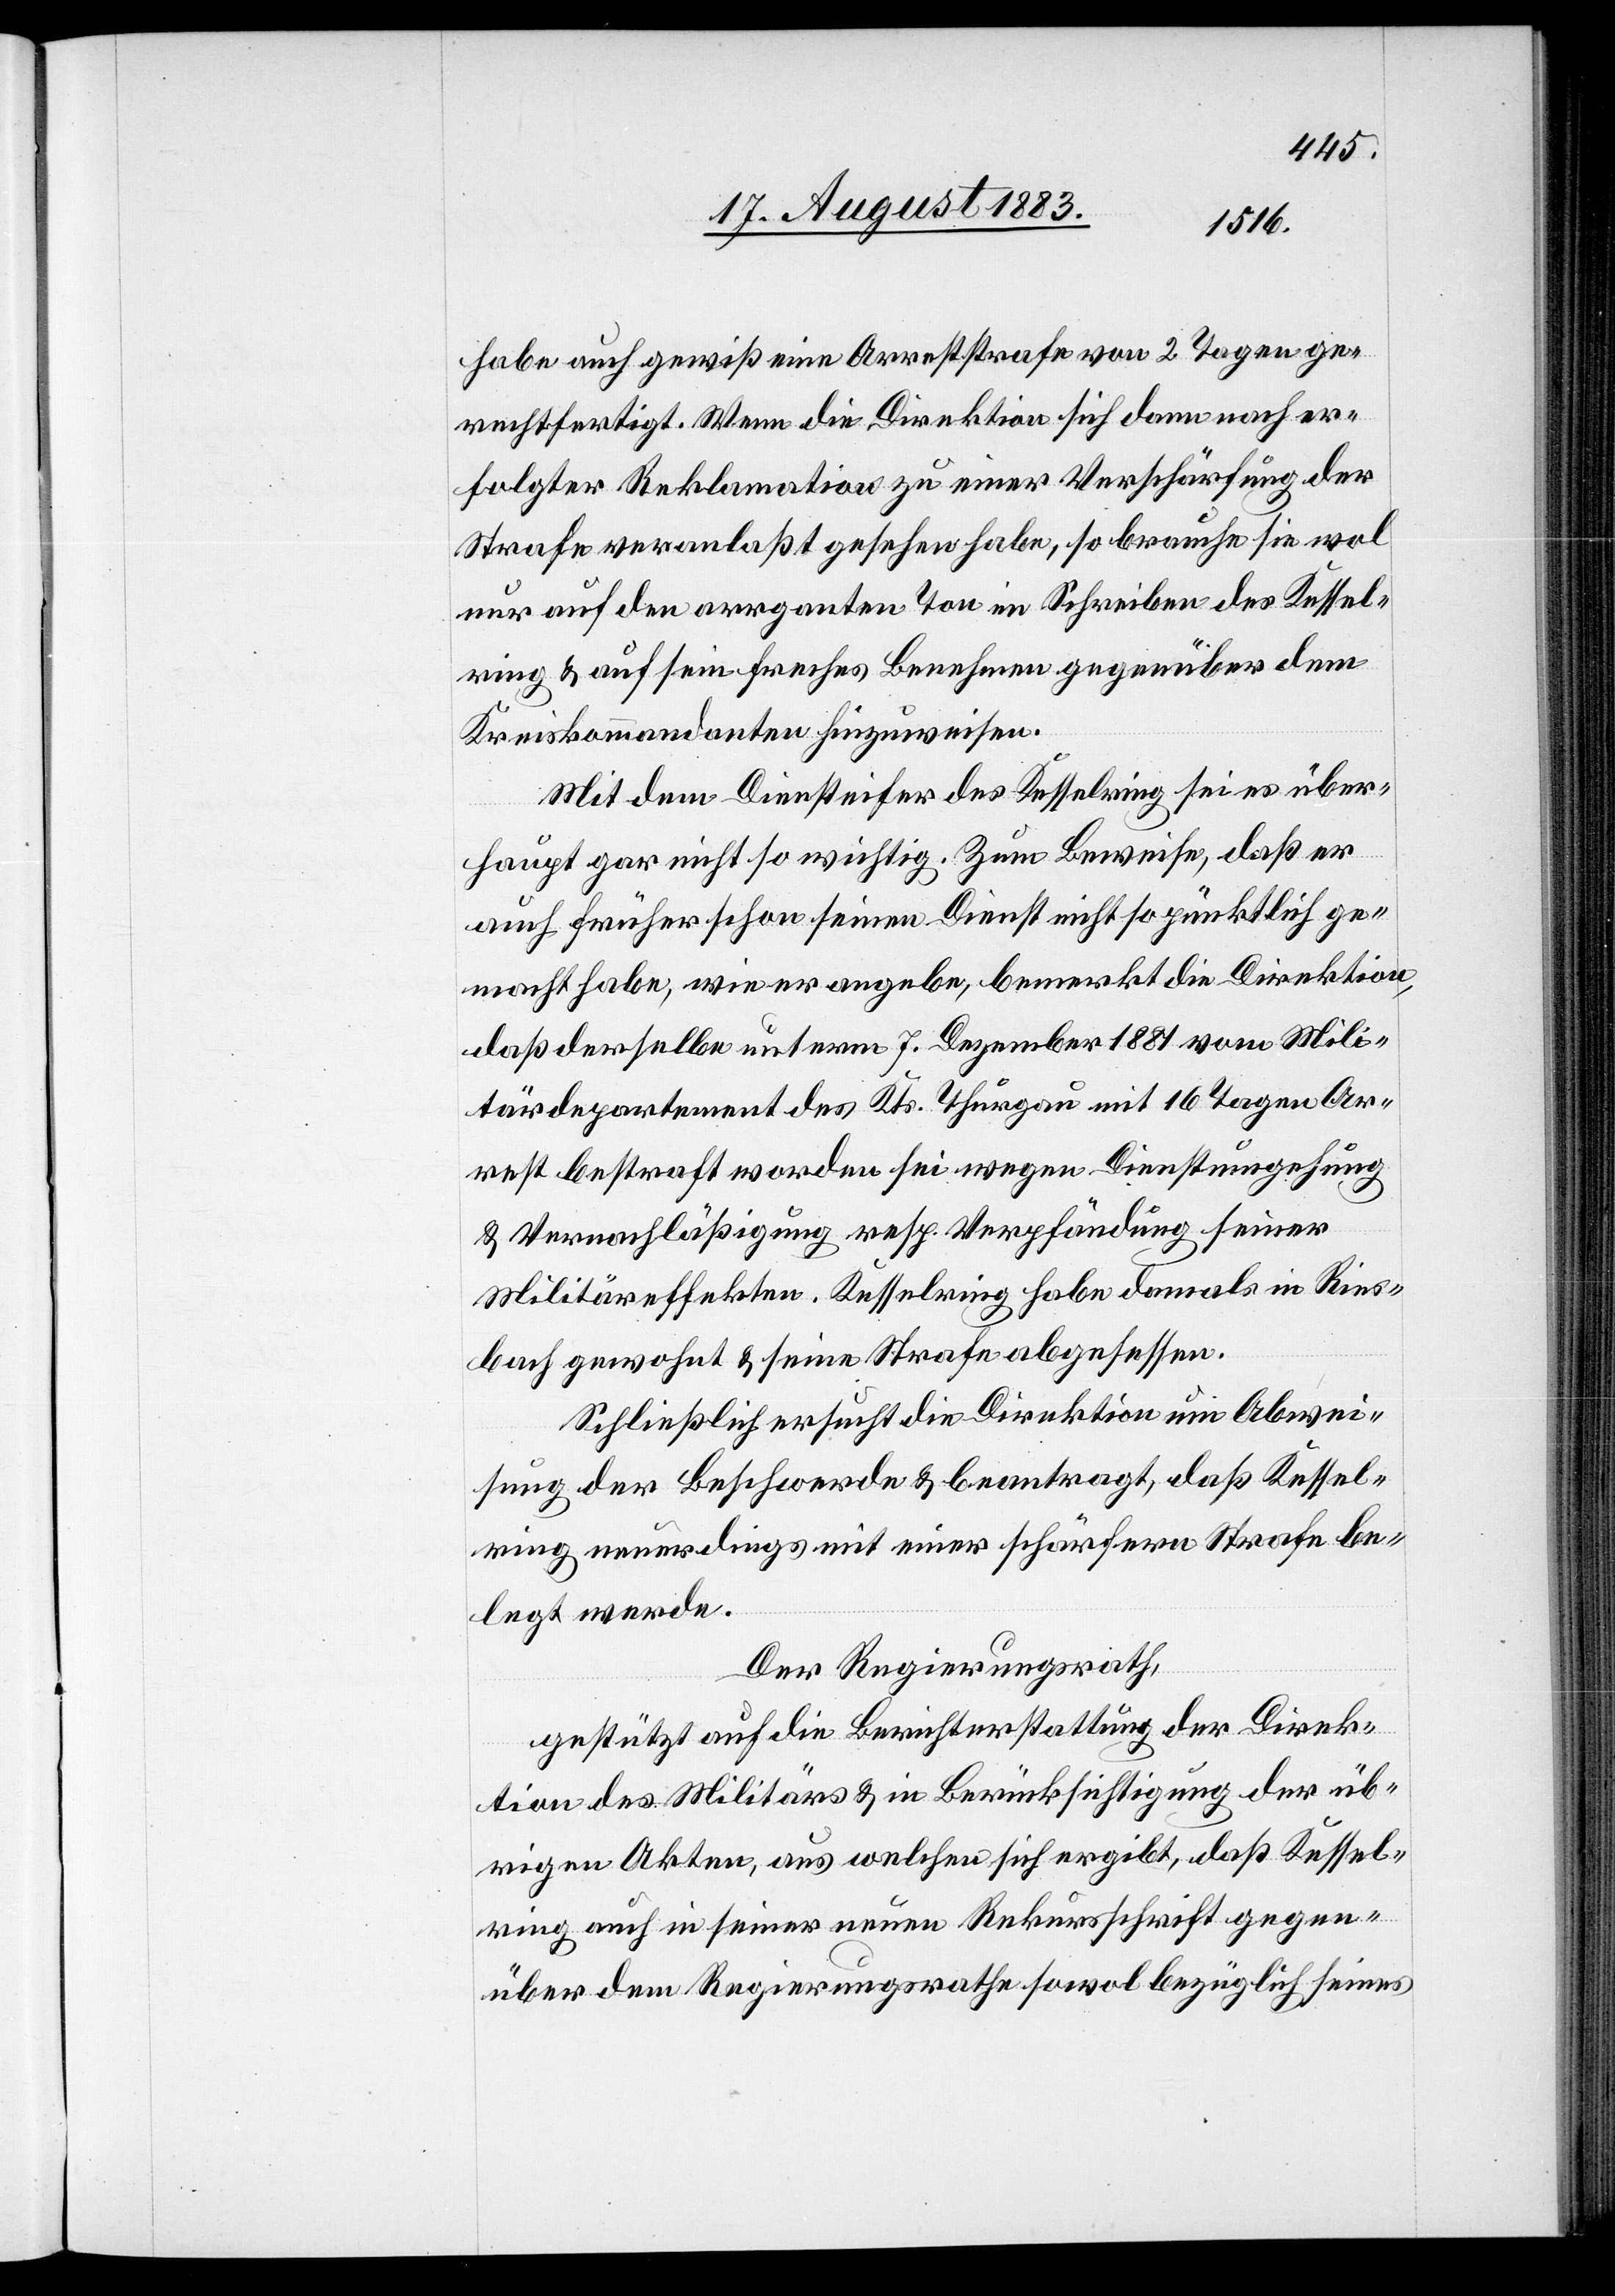
habe auch gewiß eine Arreststrafe von 2 Tagen ge¬
rechtfertigt. Wenn die Direktion sich dann nach er¬
folgter Reklamation zu einer Verschärfung der
Strafe veranlaßt gesehen habe, so brauche sie wol
nur auf den arr[o]ganten Ton im Schreiben des Kessel¬
ring & auf sein freches Benehmen gegenüber dem
Kreiskommandanten hinzuweisen.
Mit dem Diensteifer des Kesselring sei es über¬
haupt gar nicht so wichtig. Zum Beweise, daß er
auch früher schon seinen Dienst nicht so pünktlich ge¬
macht habe, wie er angebe, bemerkt die Direktion,
daß derselbe unterm 7. Dezember 1881 vom Mili¬
tärdepartement des Kts. Thurgau mit 16 Tagen Ar¬
rest bestraft worden sei wegen Dienstumgehung
& Vernachläßigung resp. Verpfändung seiner
Militäreffekten. Kesselring habe damals in Ries¬
bach gewohnt & seine Strafe abgesessen.
Schließlich ersucht die Direktion um Abwei¬
sung der Beschwerde & beantragt, daß Kessel¬
ring neuerdings mit einer schärfern Strafe be¬
legt werde.
Der Regierungsrath,
gestützt auf die Berichterstattung der Direk¬
tion des Militärs & in Berücksichtigung der üb¬
rigen Akten, aus welchen sich ergibt, daß Kessel¬
ring auch in seiner neuen Rekursschrift gegen¬
über dem Regierungsrathe sowol bezüglich seines